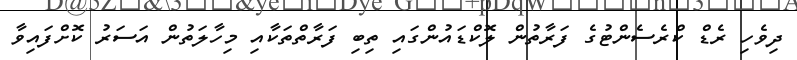
ދިވެހި ރެޑް ކްރެސެންޓުގެ ފަރާތުން ލޮކްޑައުންގައި ތިބި ފަރާތްތަކާއި މިހާލަތުން އަސަރު ކޮށްފައިވާ